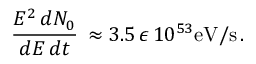
\frac { E ^ { 2 } \, d N _ { 0 } } { d E \, d t } \, \approx 3 . 5 \, \epsilon \, 1 0 ^ { 5 3 } \mathrm { e V / s } \, .